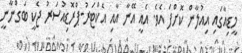
މީޑިއާގައި އިއުލާން ކޮށްފަ އެވެ. އެއީ އޭނާ އާއި އެކްޓަރު-ޕްރޮޑިއުސަރު ޖެކީ ބަގްނާނީ